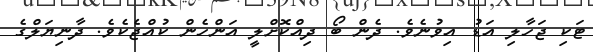
ޓަކި ޖަހާލި އަޑު އިވުނެވެ. ދެން ބޯ ދިއްކޮށްލީ އަންހެން ކުއްޖެކެވެ. ދާނިޔަލްގެ